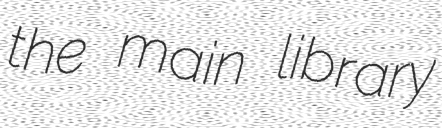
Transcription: the main library